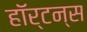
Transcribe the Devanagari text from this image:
हॉर्टन्स